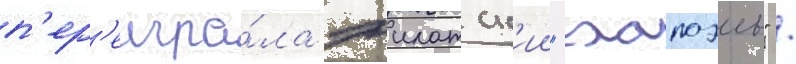
п'ер'еигра́ла эилатск'ии "хапоэль" /